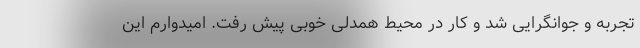
تجربه و جوانگرایی شد و کار در محیط همدلی خوبی پیش رفت. امیدوارم این